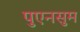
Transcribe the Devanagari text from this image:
पुएनसुम